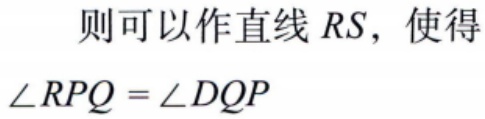
则可以作直线 \(RS\)，使得\(\angle RPQ = \angle DQP\)